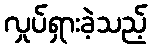
လှုပ်ရှားခဲ့သည့်